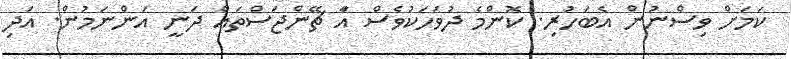
ކަމަށް ވިސްނުން އެބަހުރި. ކޮންމެ ދުވަހަކުވެސް އަާ ޗޭންޖަސްތައް ދަނީ އަންނަމުން. އަދި